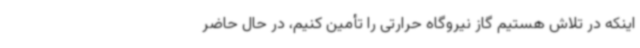
اینکه در تلاش هستیم گاز نیروگاه حرارتی را تأمین کنیم، در حال حاضر